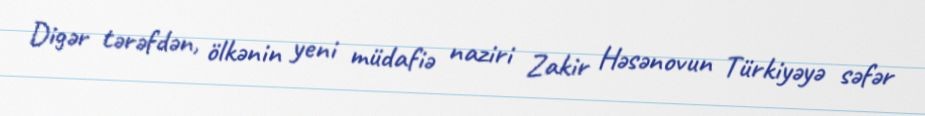
Digər tərəfdən, ölkənin yeni müdafiə naziri Zakir Həsənovun Türkiyəyə səfər